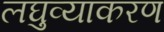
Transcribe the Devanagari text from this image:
लघुव्याकरण